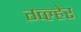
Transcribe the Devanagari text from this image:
ग्व्ल्हेर